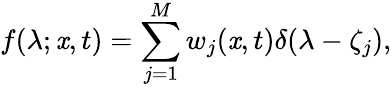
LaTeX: f(\lambda;\mathit{x},t)=\sum_{j=1}^{M}w_{j}(\mathit{x},t)\delta(\lambda-\zeta_{j}),